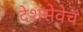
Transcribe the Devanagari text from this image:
देशसेवेचं